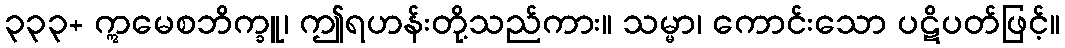
၃၃၃+ ဣမေစဘိက္ခူ၊ ဤရဟန်းတို့သည်ကား။ သမ္မာ၊ ကောင်းသော ပဋိပတ်ဖြင့်။